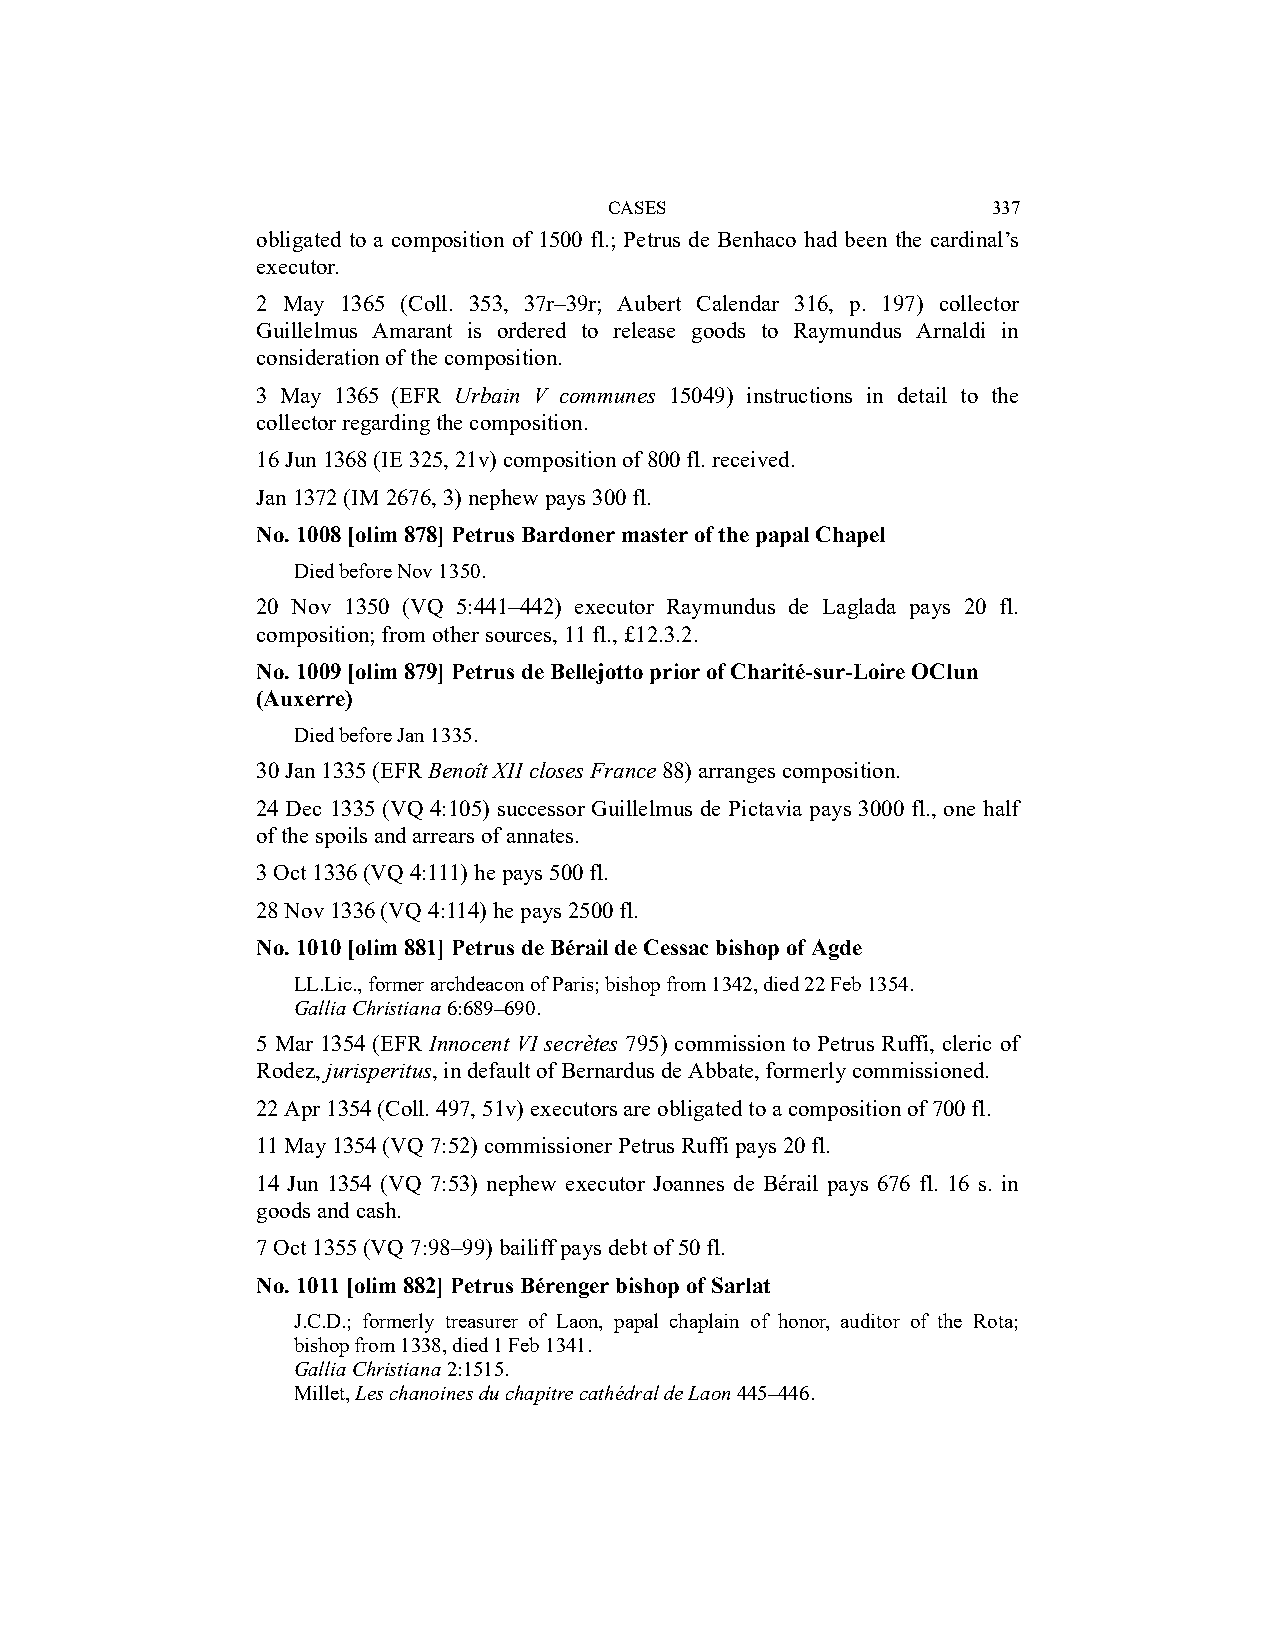
CASES                     337
 obligated to a composition of 1500 fl.; Petrus de Benhaco had been the cardinal’s
 executor.
 2 May 1365 (Coll. 353, 37r–39r; Aubert Calendar 316, p. 197) collector
 Guillelmus Amarant is ordered to release goods to Raymundus Arnaldi in
 consideration of the composition.
 3 May 1365 (EFR Urbain V communes 15049) instructions in detail to the
 collector regarding the composition.
 16 Jun 1368 (IE 325, 21v) composition of 800 fl. received.
 Jan 1372 (IM 2676, 3) nephew pays 300 fl.
 No. 1008 [olim 878] Petrus Bardoner master of the papal Chapel
 Died before Nov 1350.
 20 Nov 1350 (VQ 5:441–442) executor Raymundus de Laglada pays 20 fl.
 composition; from other sources, 11 fl., £12.3.2.
 No. 1009 [olim 879] Petrus de Bellejotto prior of Charité-sur-Loire OClun
 (Auxerre)
 Died before Jan 1335.
 30 Jan 1335 (EFR Benoît XII closes France 88) arranges composition.
 24 Dec 1335 (VQ 4:105) successor Guillelmus de Pictavia pays 3000 fl., one half
 of the spoils and arrears of annates.
 3 Oct 1336 (VQ 4:111) he pays 500 fl.
 28 Nov 1336 (VQ 4:114) he pays 2500 fl.
 No. 1010 [olim 881] Petrus de Bérail de Cessac bishop of Agde
 LL.Lic., former archdeacon of Paris; bishop from 1342, died 22 Feb 1354.
 Gallia Christiana 6:689–690.
 5 Mar 1354 (EFR Innocent VI secrètes 795) commission to Petrus Ruffi, cleric of
 Rodez, jurisperitus, in default of Bernardus de Abbate, formerly commissioned.
 22 Apr 1354 (Coll. 497, 51v) executors are obligated to a composition of 700 fl.
 11 May 1354 (VQ 7:52) commissioner Petrus Ruffi pays 20 fl.
 14 Jun 1354 (VQ 7:53) nephew executor Joannes de Bérail pays 676 fl. 16 s. in
 goods and cash.
 7 Oct 1355 (VQ 7:98–99) bailiff pays debt of 50 fl.
 No. 1011 [olim 882] Petrus Bérenger bishop of Sarlat
 J.C.D.; formerly treasurer of Laon, papal chaplain of honor, auditor of the Rota;
 bishop from 1338, died 1 Feb 1341.
 Gallia Christiana 2:1515.
 Millet, Les chanoines du chapitre cathédral de Laon 445–446.